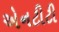
એનટીટી